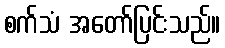
စက်သံ အတော်ပြင်းသည်။